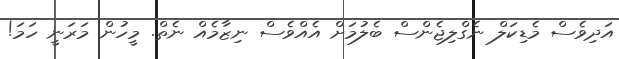
އަދިވެސް މެޑިކަލް ނެގްލިޖެންސް ބެލުމަށް އެއްވެސް ނިޒާމެއް ނެތް. މީހުން މަރަނީ ހަމަ!